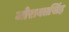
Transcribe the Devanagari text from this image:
जोरावतसिंह